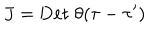
J = \mathrm { D e t } \; \theta ( \tau - \tau ^ { \prime } )